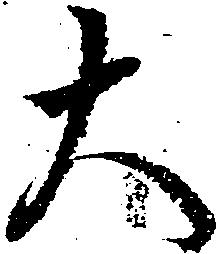
大